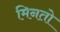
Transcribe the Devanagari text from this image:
मिनतो